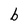
Character: b